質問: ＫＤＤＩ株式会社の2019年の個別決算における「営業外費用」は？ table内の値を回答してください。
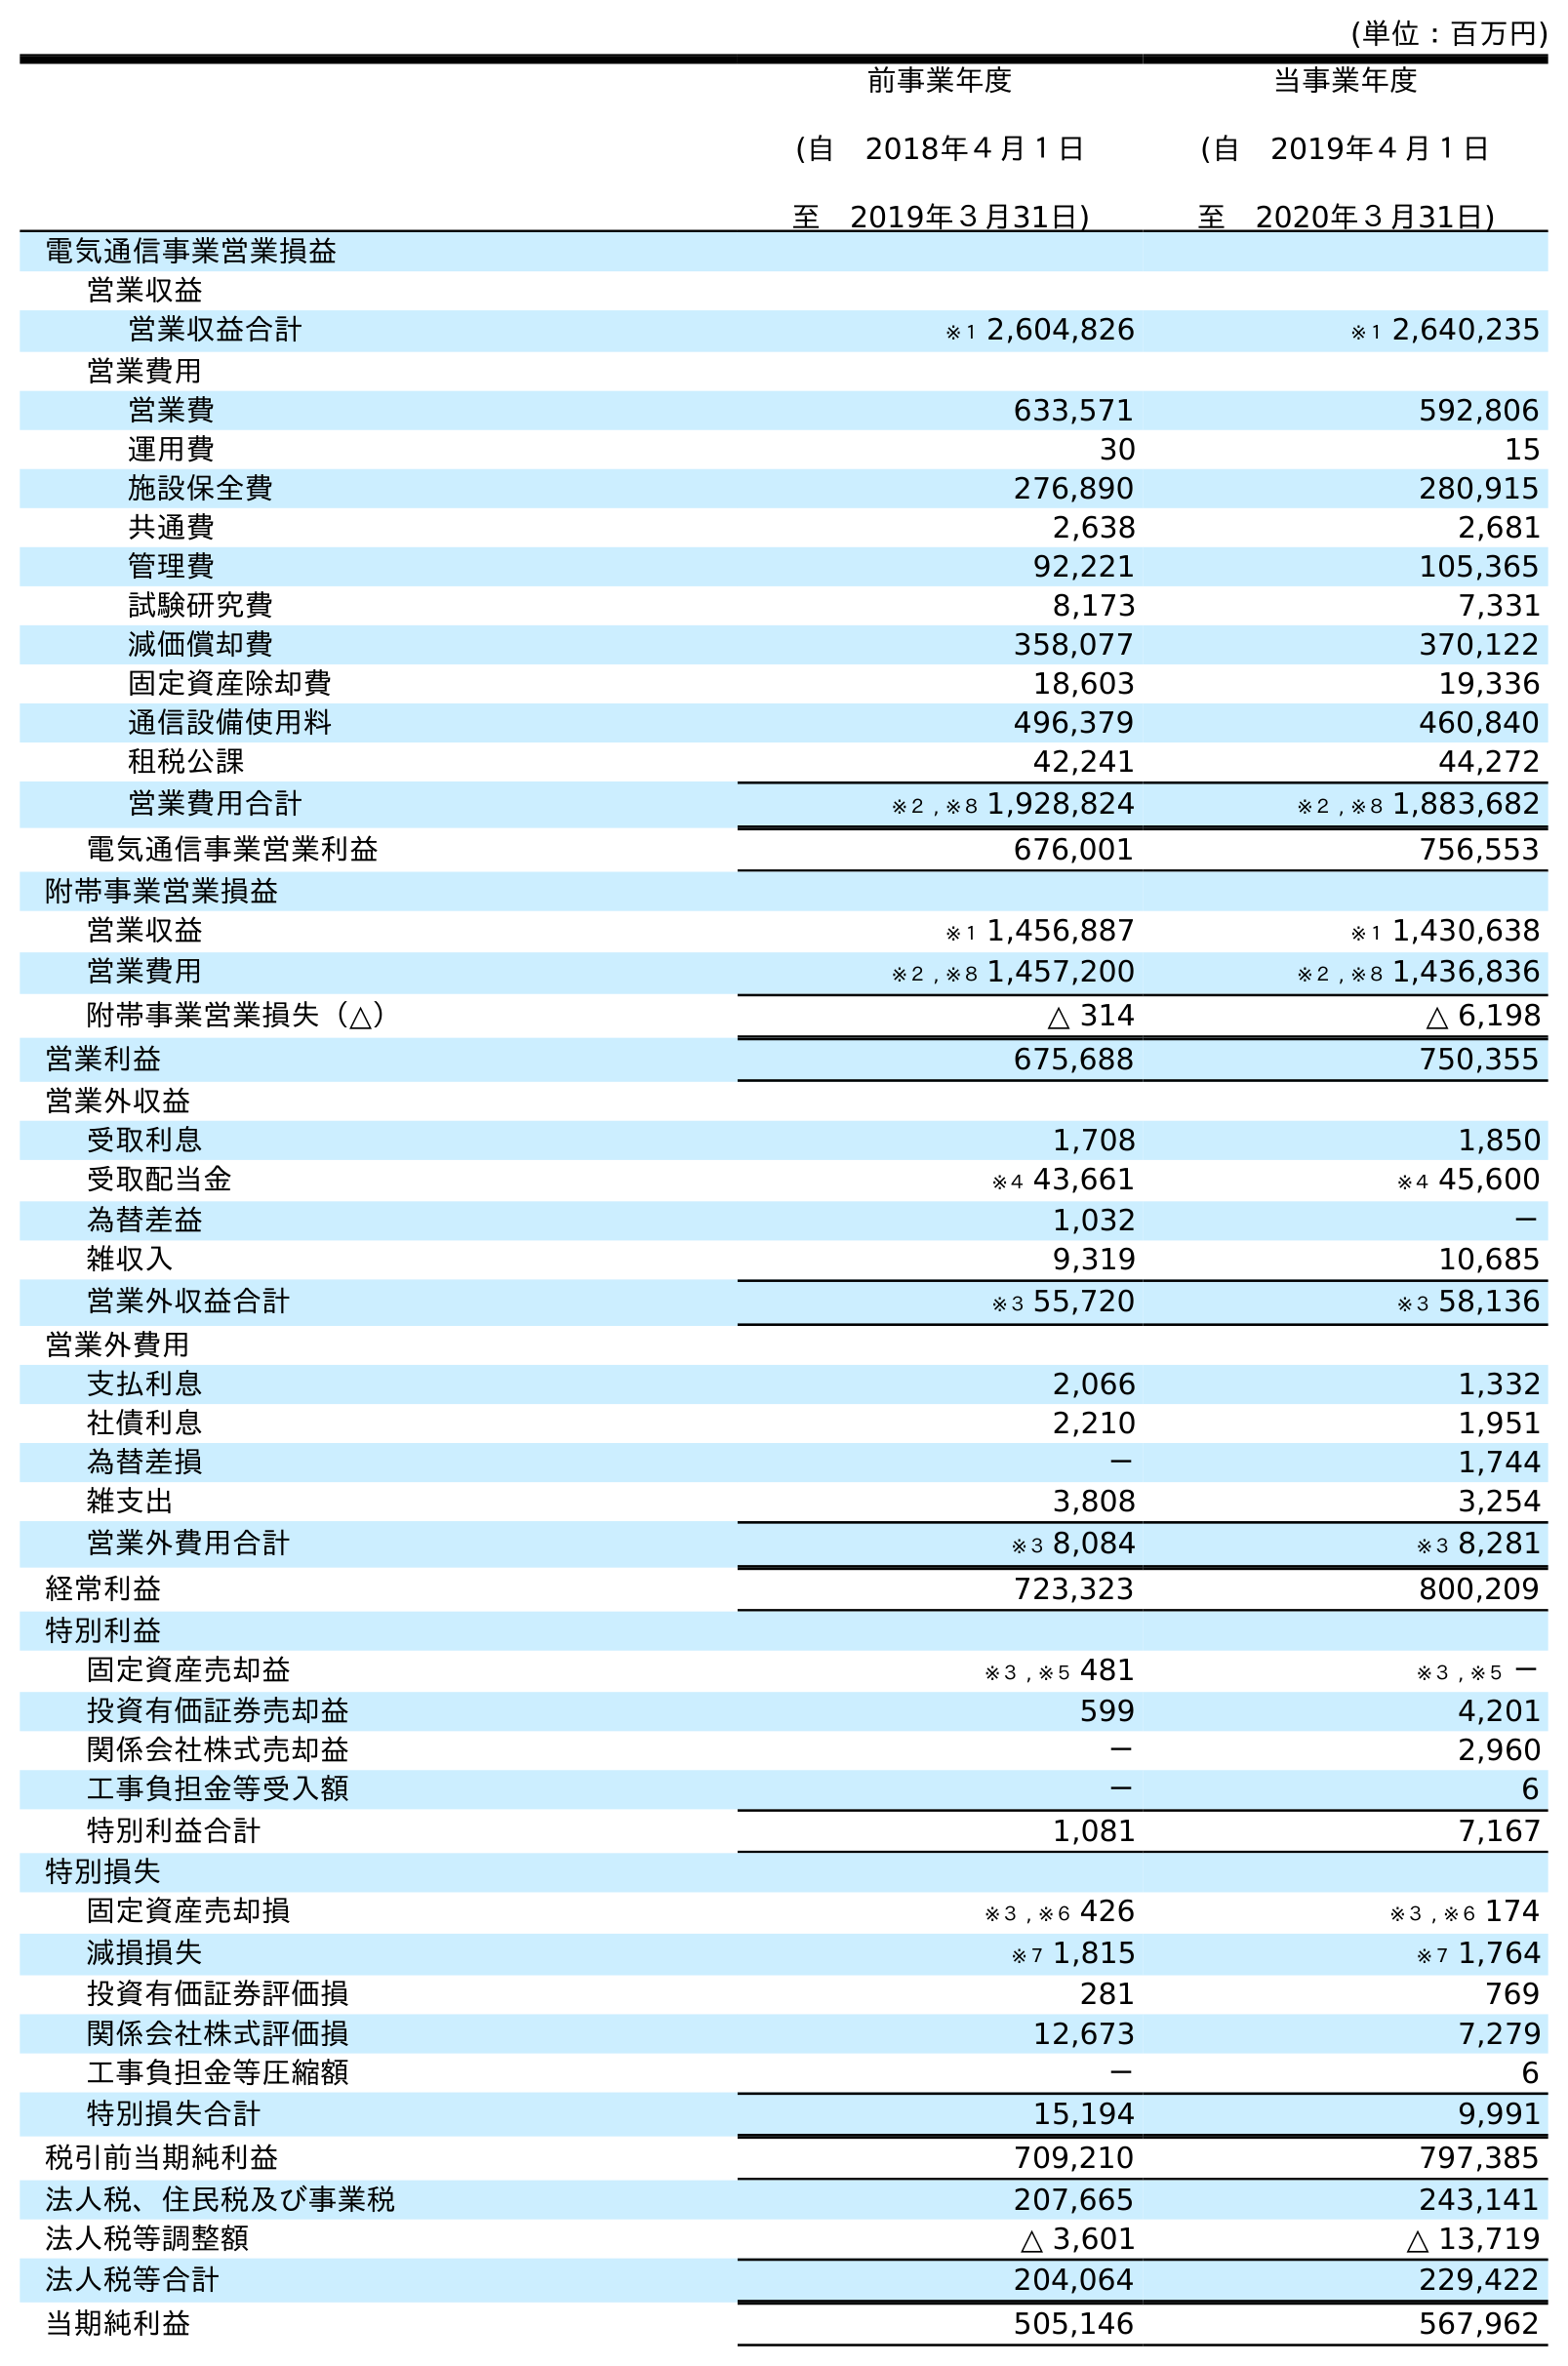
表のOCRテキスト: (単位：百万円) 前事業年度 (自 2018年４月１日 至 2019年３月31日) 当事業年度 (自 2019年４月１日 至 2020年３月31日) 電気通信事業営業損益 営業収益 営業収益合計 ※１ 2,604,826 ※１ 2,640,235 営業費用 営業費 633,571 592,806 運用費 30 15 施設保全費 276,890 280,915 共通費 2,638 2,681 管理費 92,221 105,365 試験研究費 8,173 7,331 減価償却費 358,077 370,122 固定資産除却費 18,603 19,336 通信設備使用料 496,379 460,840 租税公課 42,241 44,272 営業費用合計 ※２ , ※８ 1,928,824 ※２ , ※８ 1,883,682 電気通信事業営業利益 676,001 756,553 附帯事業営業損益 営業収益 ※１ 1,456,887 ※１ 1,430,638 営業費用 ※２ , ※８ 1,457,200 ※２ , ※８ 1,436,836 附帯事業営業損失（△） △ 314 △ 6,198 営業利益 675,688 750,355 営業外収益 受取利息 1,708 1,850 受取配当金 ※４ 43,661 ※４ 45,600 為替差益 1,032 － 雑収入 9,319 10,685 営業外収益合計 ※３ 55,720 ※３ 58,136 営業外費用 支払利息 2,066 1,332 社債利息 2,210 1,951 為替差損 － 1,744 雑支出 3,808 3,254 営業外費用合計 ※３ 8,084 ※３ 8,281 経常利益 723,323 800,209 特別利益 固定資産売却益 ※３ , ※５ 481 ※３ , ※５ － 投資有価証券売却益 599 4,201 関係会社株式売却益 － 2,960 工事負担金等受入額 － 6 特別利益合計 1,081 7,167 特別損失 固定資産売却損 ※３ , ※６ 426 ※３ , ※６ 174 減損損失 ※７ 1,815 ※７ 1,764 投資有価証券評価損 281 769 関係会社株式評価損 12,673 7,279 工事負担金等圧縮額 － 6 特別損失合計 15,194 9,991 税引前当期純利益 709,210 797,385 法人税、住民税及び事業税 207,665 243,141 法人税等調整額 △ 3,601 △ 13,719 法人税等合計 204,064 229,422 当期純利益 505,146 567,962
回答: ※３8,084